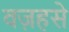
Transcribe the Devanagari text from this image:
वज़हसे